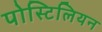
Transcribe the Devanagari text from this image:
पोस्टिलियन